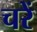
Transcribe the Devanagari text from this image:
चरें